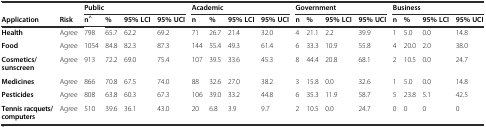
<table><thead><tr><td></td><td></td><td colspan="4"><b>Public</b></td><td colspan="4"><b>Academic</b></td><td colspan="4"><b>Government</b></td><td colspan="4"><b>Business</b></td></tr><tr><td><b>Application</b></td><td><b>Risk</b></td><td><b>n<sup>^</sup></b></td><td><b>%</b></td><td><b>95% LCI</b></td><td><b>95% UCI</b></td><td><b>n</b></td><td><b>%</b></td><td><b>95% LCI</b></td><td><b>95% UCI</b></td><td><b>n</b></td><td><b>%</b></td><td><b>95% LCI</b></td><td><b>95% UCI</b></td><td><b>n</b></td><td><b>%</b></td><td><b>95% LCI</b></td><td><b>95% UCI</b></td></tr></thead><tbody><tr><td><b>Health</b></td><td>Agree</td><td>798</td><td>65.7</td><td>62.2</td><td>69.2</td><td>71</td><td>26.7</td><td>21.4</td><td>32.0</td><td>4</td><td>21.1</td><td>2.2</td><td>39.9</td><td>1</td><td>5.0</td><td>0.0</td><td>14.8</td></tr><tr><td><b>Food</b></td><td>Agree</td><td>1054</td><td>84.8</td><td>82.3</td><td>87.3</td><td>144</td><td>55.4</td><td>49.3</td><td>61.4</td><td>6</td><td>33.3</td><td>10.9</td><td>55.8</td><td>4</td><td>20.0</td><td>2.0</td><td>38.0</td></tr><tr><td><b>Cosmetics/sunscreen</b></td><td>Agree</td><td>913</td><td>72.2</td><td>69.0</td><td>75.4</td><td>107</td><td>39.5</td><td>33.6</td><td>45.3</td><td>8</td><td>44.4</td><td>20.8</td><td>68.1</td><td>2</td><td>10.5</td><td>0.0</td><td>24.7</td></tr><tr><td><b>Medicines</b></td><td>Agree</td><td>866</td><td>70.8</td><td>67.5</td><td>74.0</td><td>88</td><td>32.6</td><td>27.0</td><td>38.2</td><td>3</td><td>15.8</td><td>0.0</td><td>32.6</td><td>1</td><td>5.0</td><td>0.0</td><td>14.8</td></tr><tr><td><b>Pesticides</b></td><td>Agree</td><td>808</td><td>63.8</td><td>60.3</td><td>67.3</td><td>106</td><td>39.0</td><td>33.2</td><td>44.8</td><td>6</td><td>35.3</td><td>11.9</td><td>58.7</td><td>5</td><td>23.8</td><td>5.1</td><td>42.5</td></tr><tr><td><b>Tennis racquets/computers</b></td><td>Agree</td><td>510</td><td>39.6</td><td>36.1</td><td>43.0</td><td>20</td><td>6.8</td><td>3.9</td><td>9.7</td><td>2</td><td>10.5</td><td>0.0</td><td>24.7</td><td>0</td><td>0</td><td>0</td><td>0</td></tr></tbody></table>